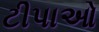
ટીપાઓ